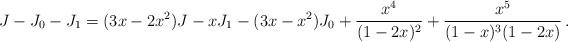
LaTeX: \begin{align*}J-J_0-J_1=(3x-2x^2)J-x J_1-(3x-x^2)J_0+\frac{x^4}{(1-2x)^2}+\frac{x^5}{(1-x)^3(1-2x)}\,.\end{align*}